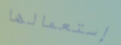
إستعمالها